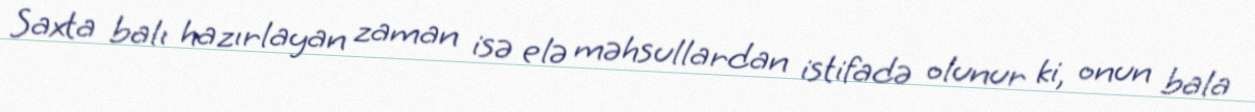
Saxta balı hazırlayan zaman isə elə məhsullardan istifadə olunur ki, onun bala